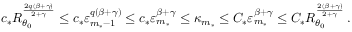
c _ { * } R _ { \theta _ { 0 } } ^ { \frac { 2 q ( \beta + \gamma ) } { 2 + \gamma } } \leq c _ { * } \varepsilon _ { m _ { * } - 1 } ^ { q ( \beta + \gamma ) } \leq c _ { * } \varepsilon _ { m _ { * } } ^ { \beta + \gamma } \leq \kappa _ { m _ { * } } \leq C _ { * } \varepsilon _ { m _ { * } } ^ { \beta + \gamma } \leq C _ { * } R _ { \theta _ { 0 } } ^ { \frac { 2 ( \beta + \gamma ) } { 2 + \gamma } } \, .